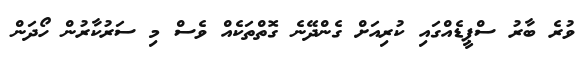
ވުރެ ބާރު ސްޕީޑެއްގައި ކުރިއަށް ގެންދޭނެ ގޮތްތަކެއް ވެސް މި ސަރުކާރުން ހޯދަން